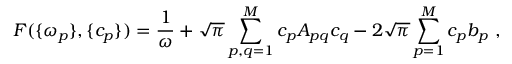
F ( \{ \omega _ { p } \} , \{ c _ { p } \} ) = \frac { 1 } { \omega } + \sqrt { \pi } \sum _ { p , q = 1 } ^ { M } c _ { p } A _ { p q } c _ { q } - 2 \sqrt { \pi } \sum _ { p = 1 } ^ { M } c _ { p } b _ { p } \ ,